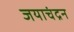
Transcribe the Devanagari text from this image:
जयाचंद्रन